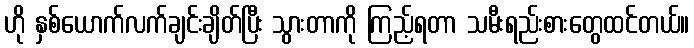
ဟို နှစ်ယောက်လက်ချင်းချိတ်ပြီး သွားတာကို ကြည့်ရတာ သမီးရည်းစားတွေထင်တယ်။